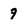
Character: 7